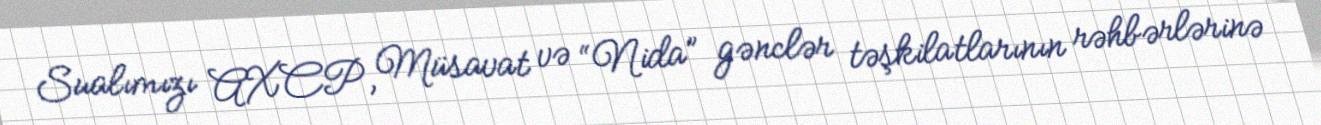
Sualımızı AXCP, Müsavat və “Nida” gənclər təşkilatlarının rəhbərlərinə